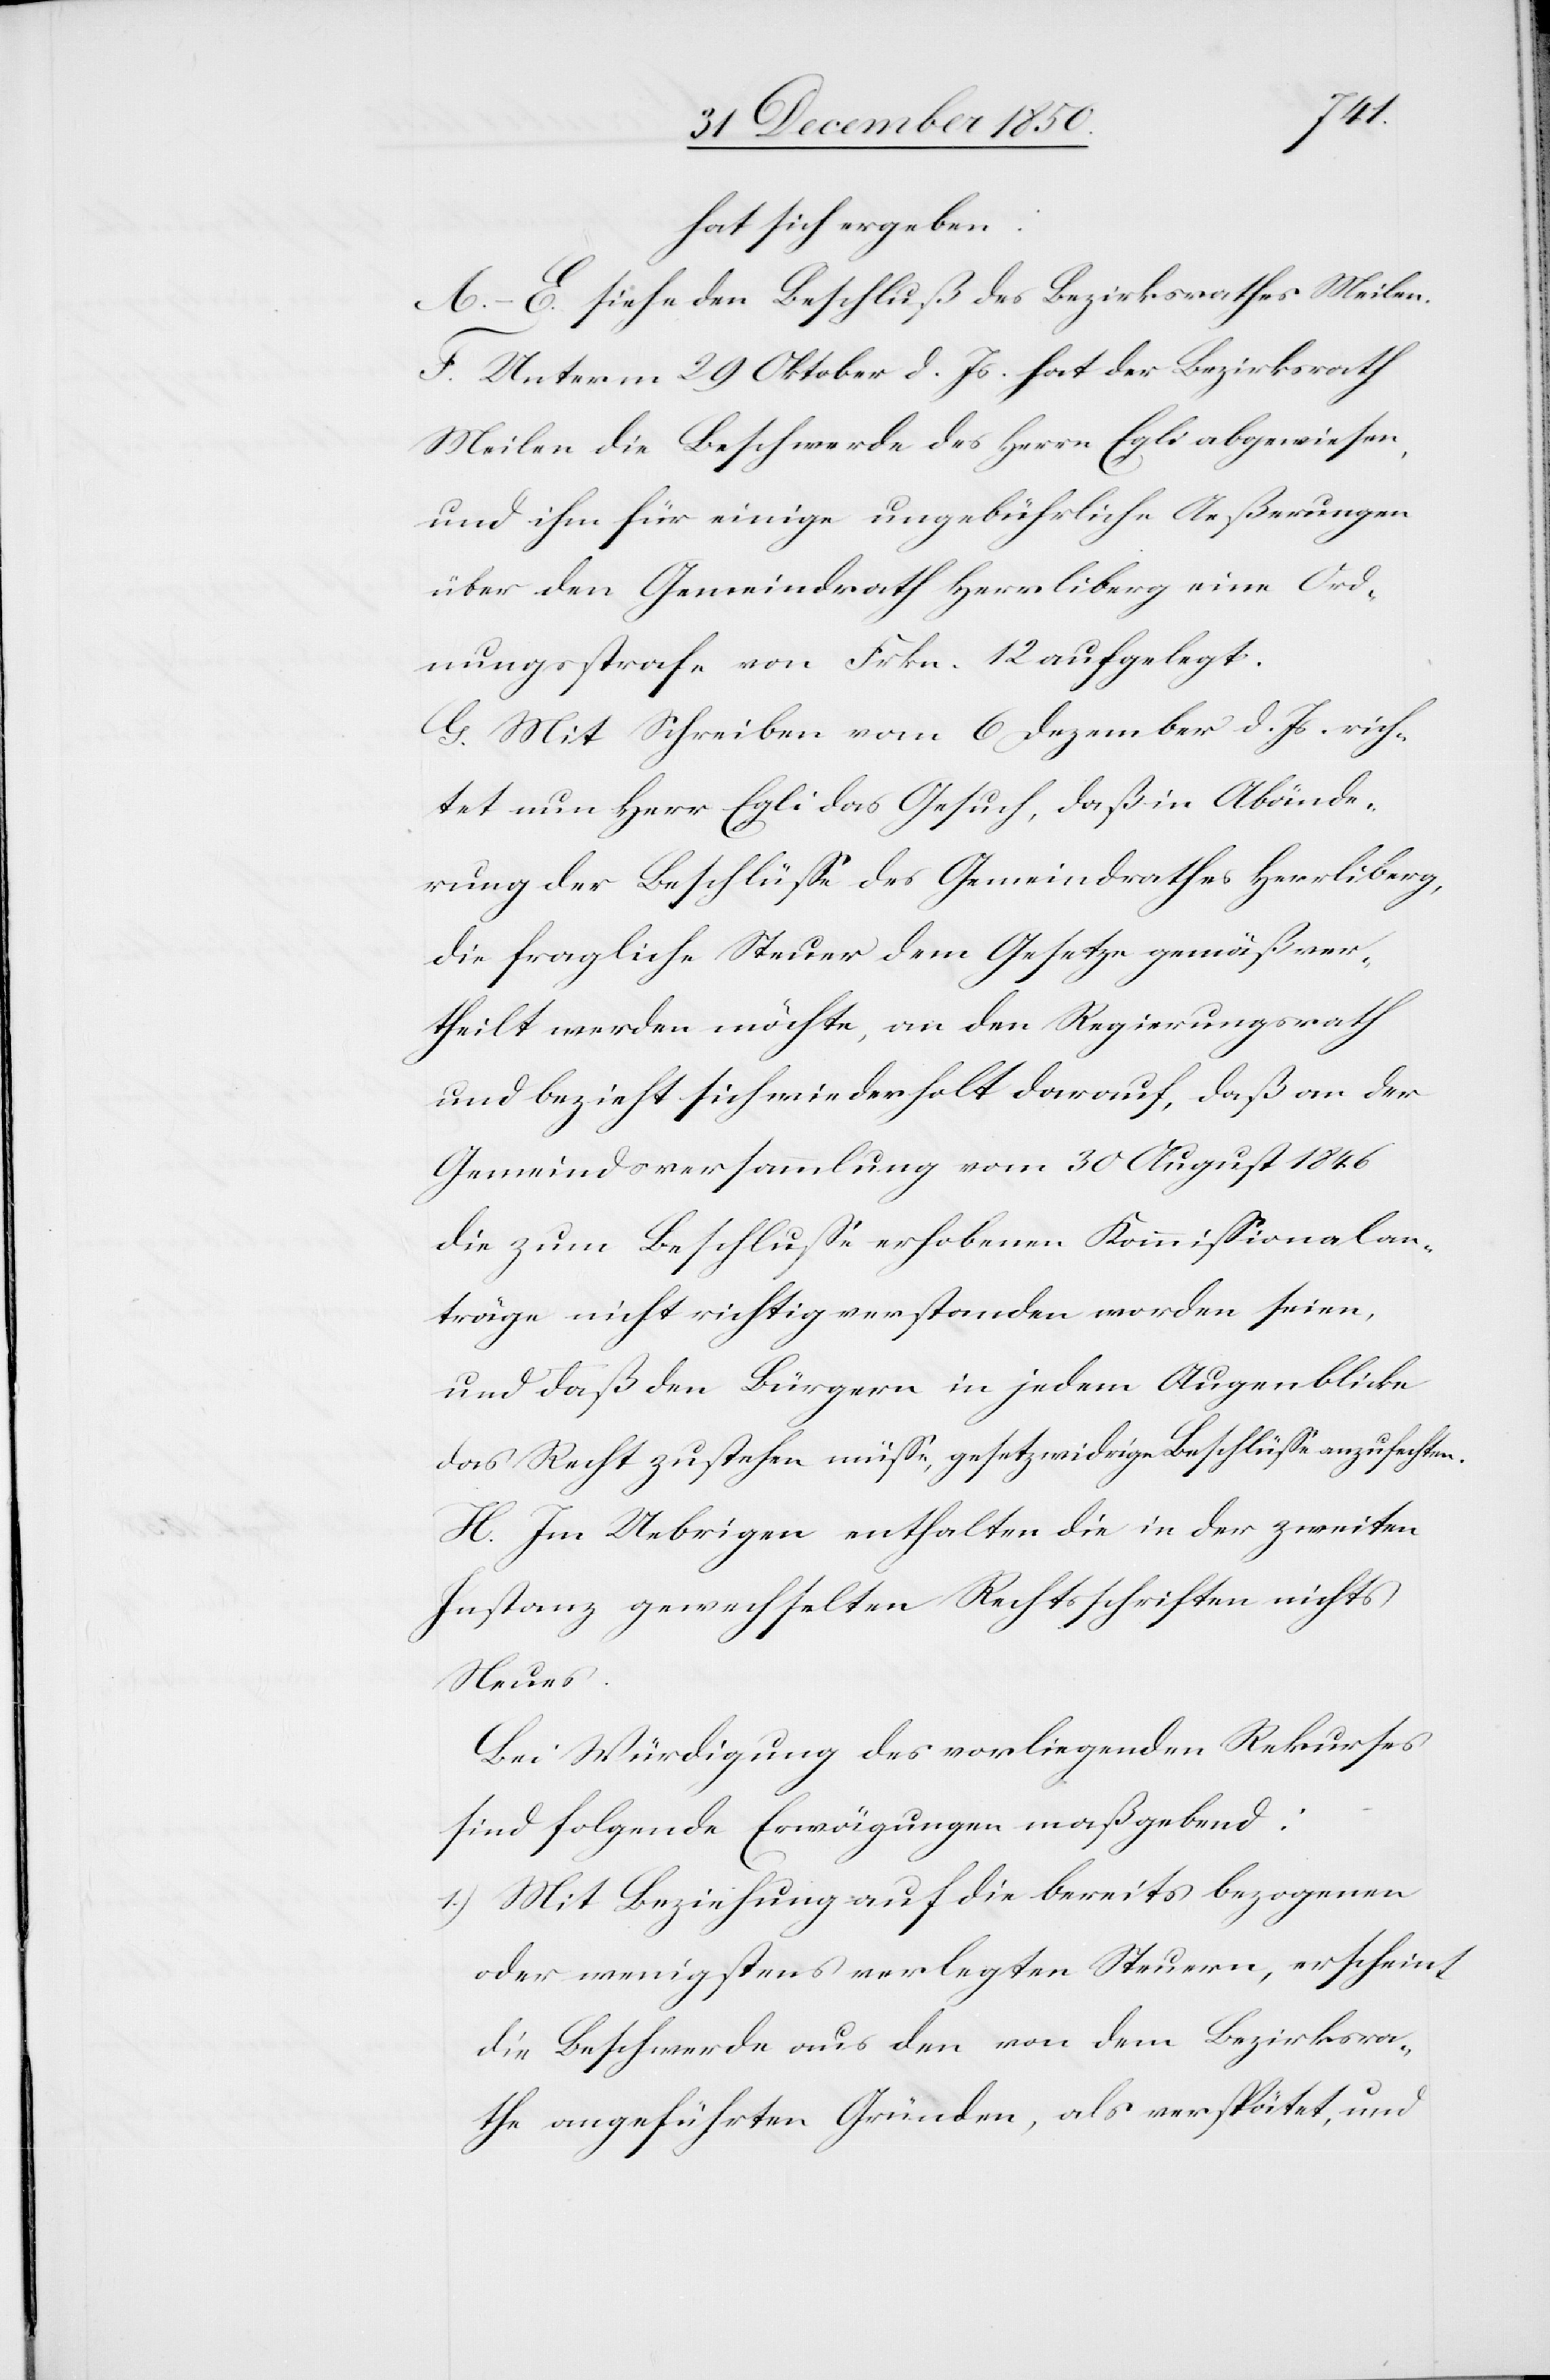
hat sich ergeben:
A–E. siehe den Beschluß des Bezirksrathes Meilen.
F. Unterm 29 Oktober d. Js. hat der Bezirksrath
Meilen die Beschwerde des Herrn Egli abgewiesen,
und ihm für einige ungebührliche Ae[u]ßerungen
über den Gemeindrath Herrliberg eine Ord¬
nungsstrafe vn Frkn. 12 aufgelegt.
G. Mit Schreiben vom 6 Dezember d. Js. rich¬
tet nun Herr Egli das Gesuch, daß in Abände¬
rung der Beschlüsse des Gemeindrathes Herrliberg,
die fragliche Steuer dem Gesetze gemäß ver¬
theilt werden möchte, an den Regierungsrath
und bezieht sich wiederholt darauf, daß an der
Gemeindsversammlung vom 30 August 1846
die zum Beschlusse erhobenen Kommissionalan¬
träge nicht richtig verstanden worden seien,
und daß den Bürgern in jedem Augenblicke
das Recht zustehen müsse, gesetzwidrige Beschlüsse anzufechten.
H. Im Uebrigen enthalten die in der zweiten
Instanz gewechselten Rechtsschriften nichts
Neues.
Bei Würdigung des vorliegenden Rekurses
sind folgende Erwägungen maßgebend:
1.) Mit Beziehung auf die bereits bezogenen
oder wenigstens verlegten Steuern, erscheint
die Beschwerde aus den von dem Bezirksra¬
the angeführten Gründen, als verspätet, und